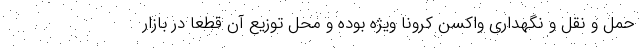
حمل و نقل و نگهداری واکسن کرونا ویژه بوده و محل توزیع آن قطعا در بازار